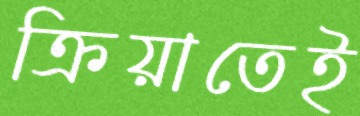
ক্রিয়াতেই